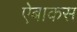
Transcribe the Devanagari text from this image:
ऐबाकस